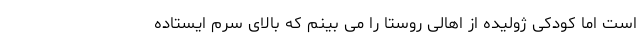
است اما کودکی ژولیده از اهالی روستا را می بینم که بالای سرم ایستاده